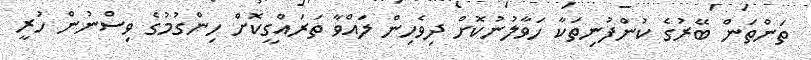
ތަންތަން ބޭރުގެ ކުންފުނިތަކާ ހަވާލުނުކޮށް ދިވެހިން ލައްވާ ތަރައްގީކޮށް ހިންގުމުގެ ވިސްނުން ހުރީ